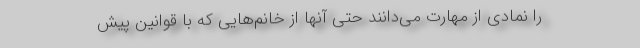
را نمادی از مهارت می‌دانند حتی آنها از خانم‌هایی که با قوانین پیش